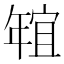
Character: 𱚑